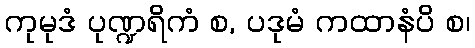
ကုမုဒံ ပုဏ္ဍရိကံ စ, ပဒုမံ ကထာနံပိ စ၊